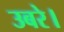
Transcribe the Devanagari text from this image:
उबरे।